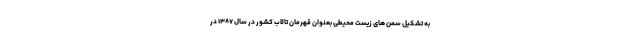
به تشکیل سمن های زیست محیطی بعنوان قهرمان تالاب کشور در سال ۱۳۸۷ در